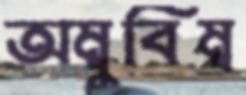
অম্বুবিম্ব